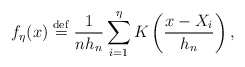
\begin{align*}f_{\eta }(x)\stackrel{\rm def}{=}\frac{1}{nh_{n}}\sum_{i=1}^{\eta }K\left(\frac{x-X_{i}}{h_{n}}\right) , \end{align*}